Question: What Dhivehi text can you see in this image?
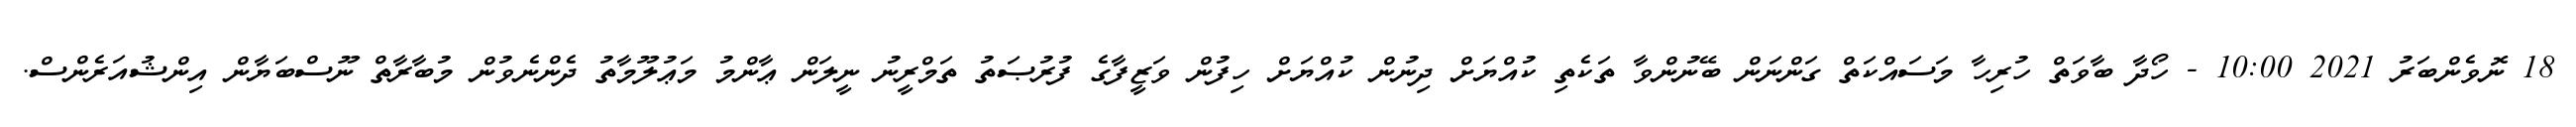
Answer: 18 ނޮވެންބަރު 2021 10:00 - ހޯދާ ބާވަތް ހުރިހާ މަސައްކަތް ގަންނަން ބޭނުންވާ ތަކެތި ކުއްޔަށް ދިނުން ކުއްޔަށް ހިފުން ވަޒީފާގެ ފުރުޞަތު ތަމްރީނު ނީލަން ޢާންމު މަޢުލޫމާތު ދެންނެވުން މުބާރާތް ނޫސްބަޔާން އިންޝުއަރެންސް.